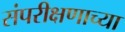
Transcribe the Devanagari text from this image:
संपरीक्षणाच्या